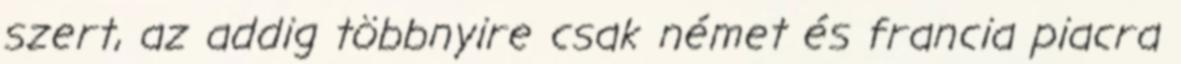
szert, az addig többnyire csak német és francia piacra